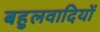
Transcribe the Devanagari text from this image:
बहुलवादियों